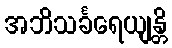
အဘိသင်္ခရေယျန္တိ